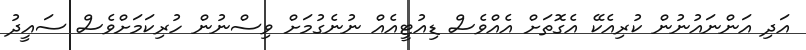
އަދި އަންނައުނުން ކުރިއެކޭ އެގޮތަށް އެއްވެސް ޑިއުޓީއެއް ނުނެގުމަށް ވިސްނުން ހުރިކަމަށްވެސް ސައީދު